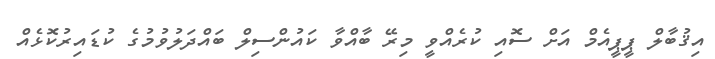
އިޤުބާލް ޕީޕީއެމް އަށް ސޮއި ކުރެއްވީ މިރޭ ބާއްވާ ކައުންސިލް ބައްދަލުވުމުގެ ކުޑައިރުކޮޅެއް